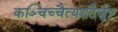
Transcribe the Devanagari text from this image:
कञ्चिच्चैत्यशतैर्जुष्ट